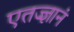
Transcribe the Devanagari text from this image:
एतज्ज्ञानं